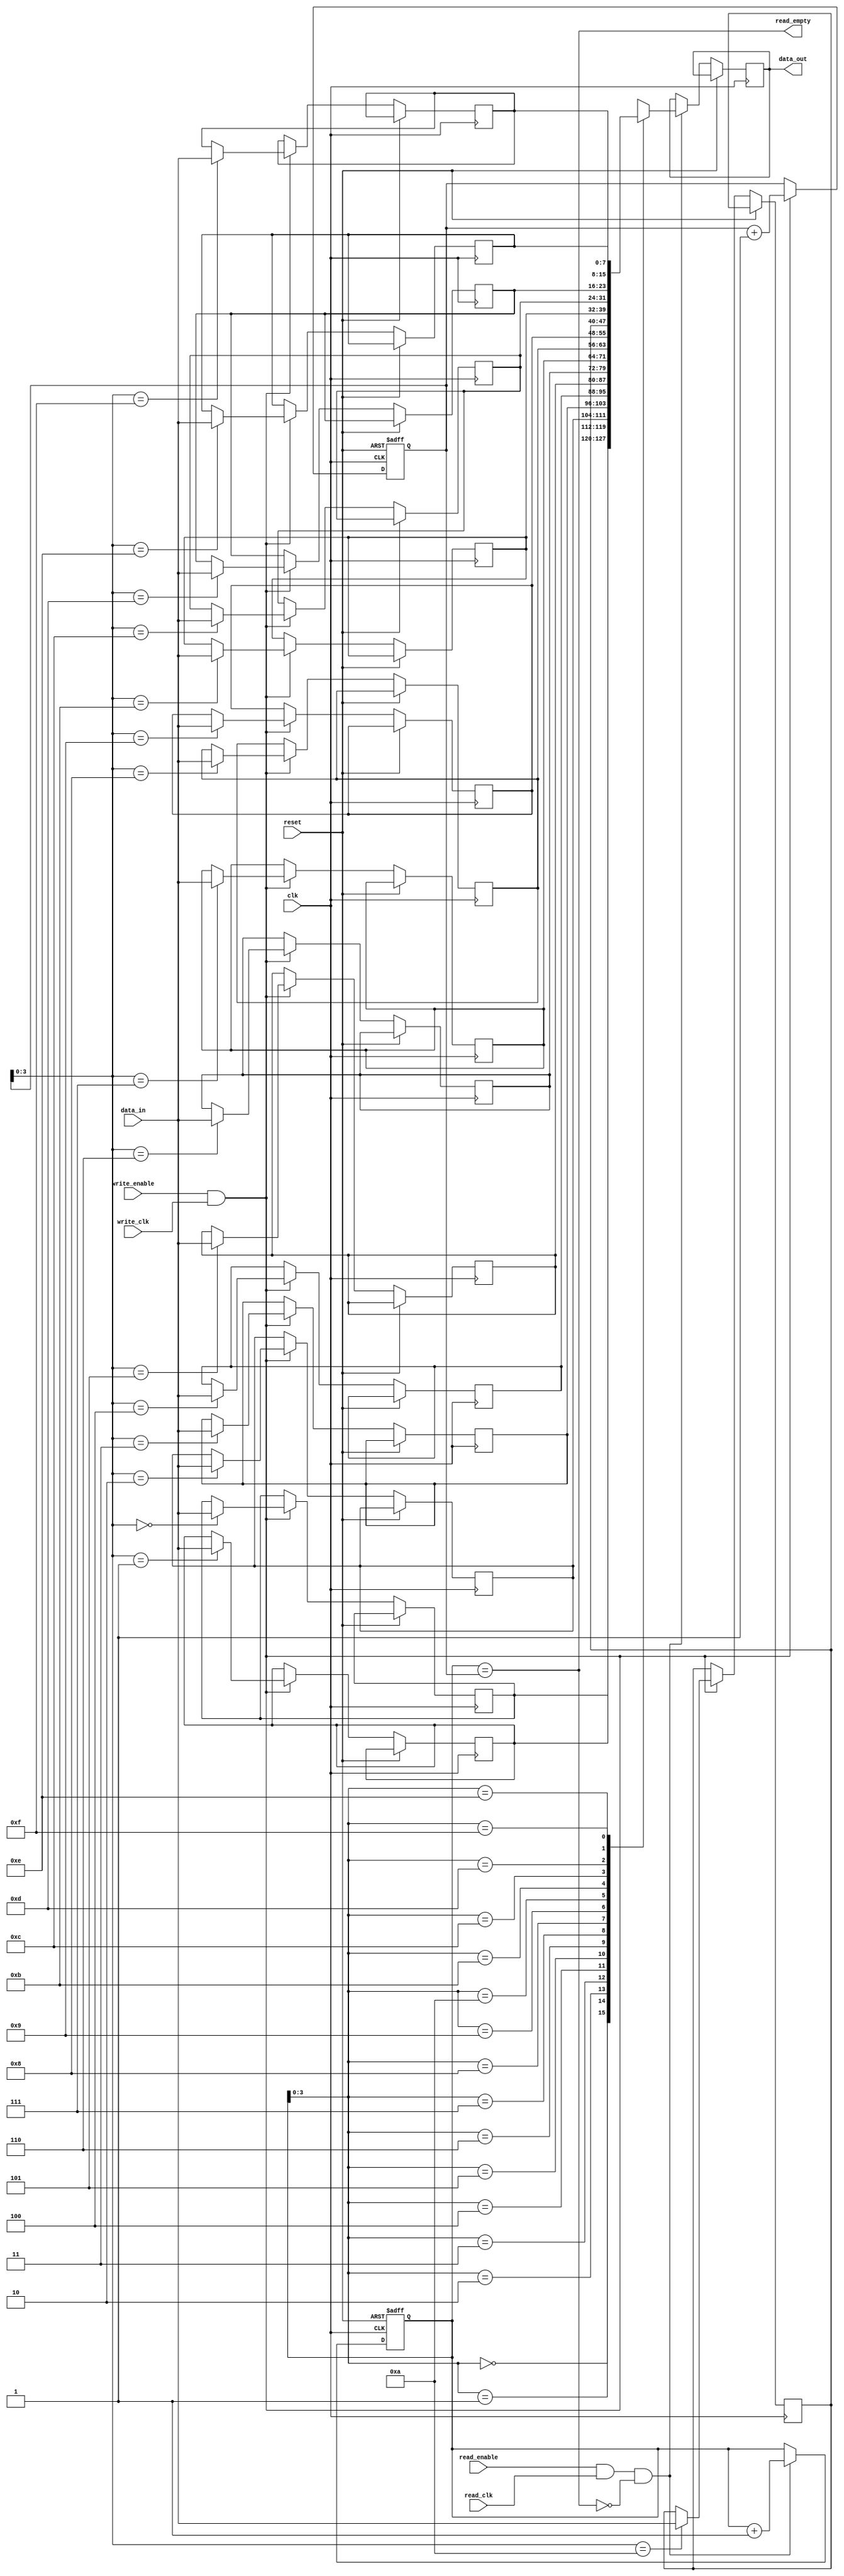
module dual_port_fifo (
    input wire clk,
    input wire reset,

    input wire write_enable,
    input wire [DATA_WIDTH-1:0] data_in,
    input wire write_clk,

    output reg [DATA_WIDTH-1:0] data_out,
    output wire read_empty,

    input wire read_enable,
    output wire [DATA_WIDTH-1:0] data_out,
    input wire read_clk
);

parameter DATA_WIDTH = 8;
parameter DEPTH = 16;

reg [DATA_WIDTH-1:0] fifo_buffer [DEPTH-1:0];
reg [4:0] write_ptr;
reg [4:0] read_ptr;

always @(posedge clk or posedge reset) begin
    if (reset) begin
        write_ptr <= 0;
        read_ptr <= 0;
    end else begin
        if (write_enable && write_clk) begin
            fifo_buffer[write_ptr] <= data_in;
            write_ptr <= write_ptr + 1;
        end
        if (read_enable && read_clk && !read_empty) begin
            data_out <= fifo_buffer[read_ptr];
            read_ptr <= read_ptr + 1;
        end
    end
end

assign read_empty = (read_ptr == write_ptr);

endmodule